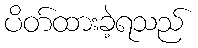
ပိတ်ထားခဲ့ရသည်